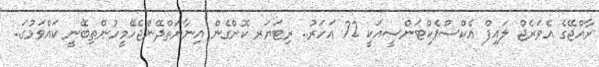
ރާއްޖޭގެ އެވަރެޖް ލައިފް އެކްސްޕެކްޓަންސީއަކީ 72 އަހަރު.. ރިޓަޔަރ ކޮށްގެން އިނާޔަތްދޭންޖެހޭމީހުންތިބޭނީ ކައްވަޅުގަ..